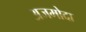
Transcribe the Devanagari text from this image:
अजमोदा